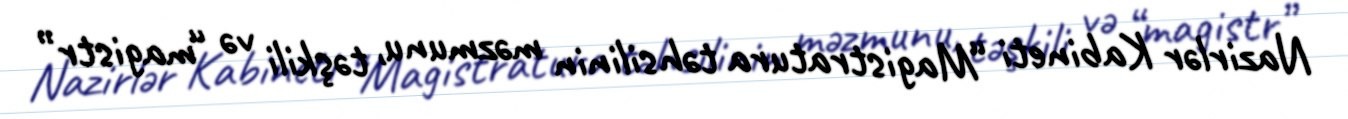
Nazirlər Kabineti “Magistratura təhsilinin məzmunu, təşkili və “magistr”